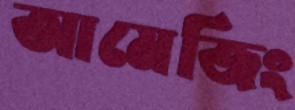
আমেজিং